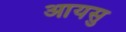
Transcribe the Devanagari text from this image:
आयसु